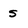
Character: s